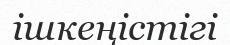
ішкеңістігі